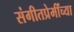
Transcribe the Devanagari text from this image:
संगीतप्रेमींच्या